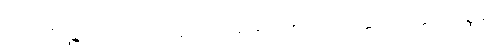
အဗာဟိရန္တိ ကောသောဟိတေတိ သာဓာရဏာ ဧကပုတ္တကသုတ္တာဒိဝဏ္ဏနာ